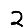
Digit: 2